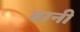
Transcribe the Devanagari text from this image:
ढानी